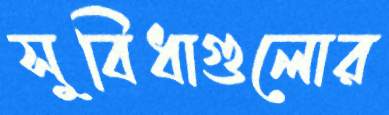
সুবিধাগুলোর